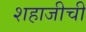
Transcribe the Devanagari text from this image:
शहाजीची